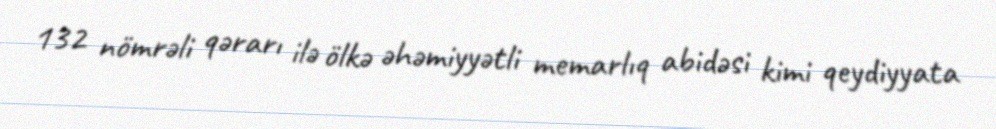
132 nömrəli qərarı ilə ölkə əhəmiyyətli memarlıq abidəsi kimi qeydiyyata